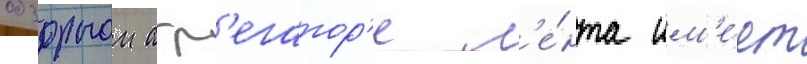
обзорном агр'егатор'е л'е́нта им'е́ет